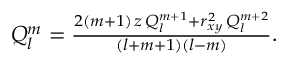
\begin{array} { r } { Q _ { l } ^ { m } = \frac { 2 ( m + 1 ) \, z \, Q _ { l } ^ { m + 1 } + r _ { x y } ^ { 2 } \, Q _ { l } ^ { m + 2 } } { ( l + m + 1 ) ( l - m ) } . } \end{array}